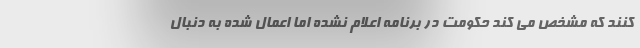
کنند که مشخص می کند حکومت در برنامه اعلام نشده اما اعمال شده به دنبال